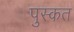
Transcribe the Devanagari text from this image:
पुस्कत